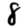
Digit: 8